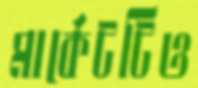
মার্কেটটিও